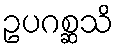
ဥပဂစ္ဆသိ